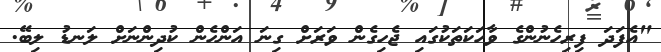
"އެފަދަ ފިރިހެނުންގެ ވާހަކަތަކުގައި ޖެހިގެން ވަރަށް ގިނަ އަންހެން ކުދިންނަށް ލަނޑު ލިބޭ.